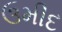
ઉમીદ